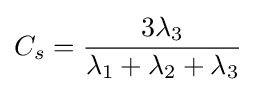
C_{s}={\frac {3\lambda _{3}}{\lambda _{1}+\lambda _{2}+\lambda _{3}}}